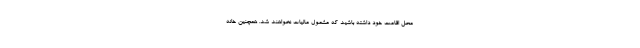
محل اقامت خود داشته باشید که مشمول مالیات نخواهند شد. همچنین خانه